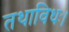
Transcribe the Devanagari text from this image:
तथाविधः।